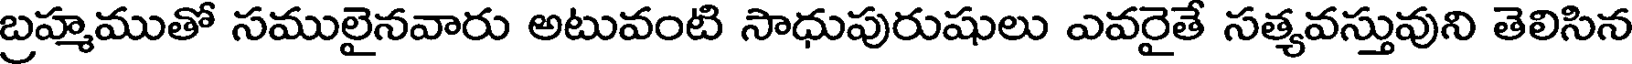
బ్రహ్మముతో సములైనవారు అటువంటి సాధుపురుషులు ఎవరైతే సత్యవస్తువుని తెలిసిన